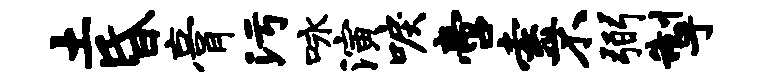
土昏膏污咏演唳啻索不弼掣